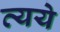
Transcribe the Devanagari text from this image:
व्यये